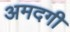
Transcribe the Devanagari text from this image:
अमदगी